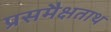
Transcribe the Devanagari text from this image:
प्रसमैक्षताथ